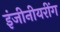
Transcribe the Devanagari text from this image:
इंजीनीयरींग